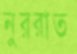
নুররাত